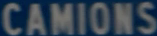
CAMIONS